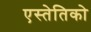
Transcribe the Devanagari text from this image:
एस्तेतिको